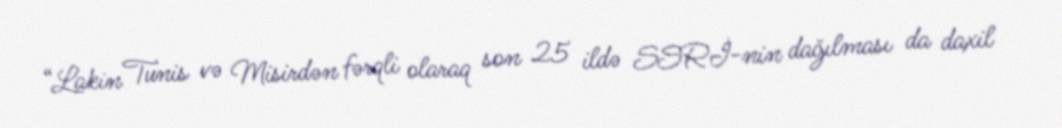
“Lakin Tunis və Misirdən fərqli olaraq son 25 ildə SSRİ-nin dağılması da daxil